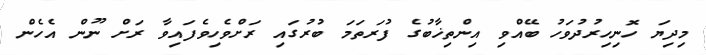
މިދިޔަ ހޮނިހިރުދުވަހު ބޭއްވި އިންތިޚާބުގެ ފުރަތަމަ ބުރުގައި ރަށްވެހިވެފައިވާ ރަށް ނޫން އެހެން